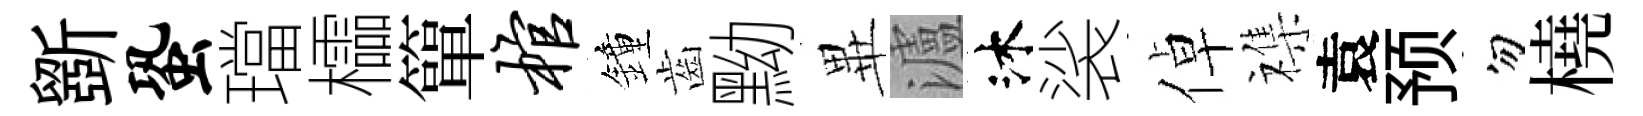
斵蛩璫櫺簞棺鐘齒黝𭺾瀘沐裟倬襍袁预勿橈